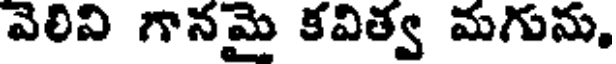
వెలిని గానమై కవిత్వ మగును,